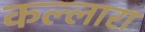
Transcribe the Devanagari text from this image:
कल्लारा